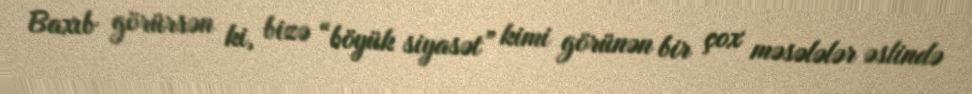
Baxıb görürsən ki, bizə “böyük siyasət” kimi görünən bir çox məsələlər əslində